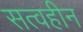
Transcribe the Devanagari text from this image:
सत्वहीन